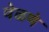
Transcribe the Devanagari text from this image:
वेळणे